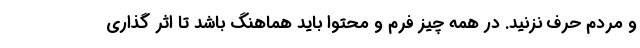
و مردم حرف نزنید. در همه چیز فرم و محتوا باید هماهنگ باشد تا اثر گذاری